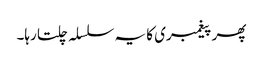
پھر پیغمبری کا یہ سلسلہ چلتا رہا۔